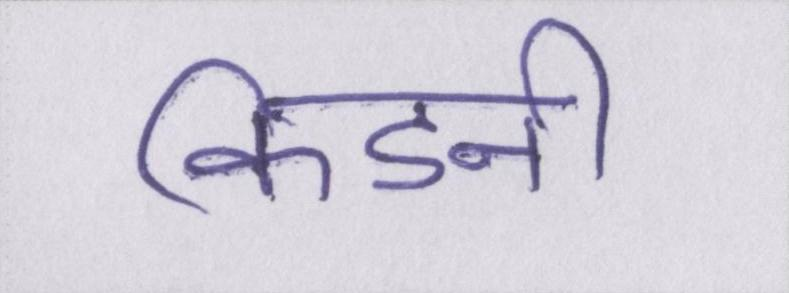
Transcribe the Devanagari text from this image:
किडनी